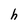
Character: h